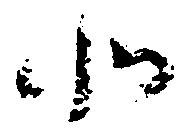
北